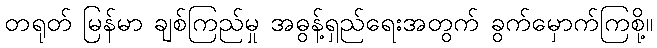
တရုတ် မြန်မာ ချစ်ကြည်မှု အဓွန့်ရှည်ရေးအတွက် ခွက်မှောက်ကြစို့။